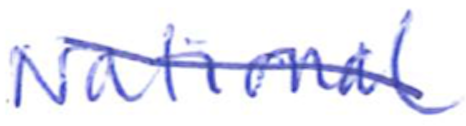
Text: National
Cross-out: diagonal
Writing tool: ballpoint